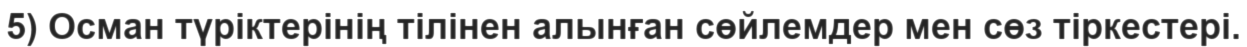
5) Осман түріктерінің тілінен алынған сөйлемдер мен сөз тіркестері.